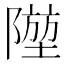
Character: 𨼁